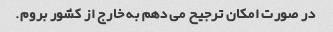
در صورت امکان ترجیح می دهم به خارج از کشور بروم.